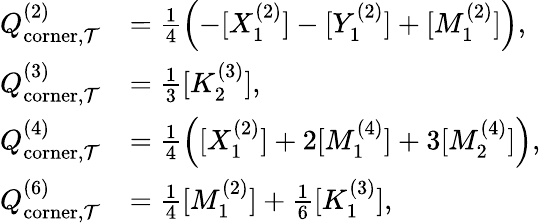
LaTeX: \begin{array}{rl}{Q_{\mathrm{corner},\mathcal{T}}^{(2)}}&{=\frac{1}{4}\left(-[X_{1}^{(2)}]-[Y_{1}^{(2)}]+[M_{1}^{(2)}]\right),}\\ {Q_{\mathrm{corner},\mathcal{T}}^{(3)}}&{=\frac{1}{3}[K_{2}^{(3)}],}\\ {Q_{\mathrm{corner},\mathcal{T}}^{(4)}}&{=\frac{1}{4}\left([X_{1}^{(2)}]+2[M_{1}^{(4)}]+3[M_{2}^{(4)}]\right),}\\ {Q_{\mathrm{corner},\mathcal{T}}^{(6)}}&{=\frac{1}{4}[M_{1}^{(2)}]+\frac{1}{6}[K_{1}^{(3)}],}\end{array}